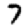
Digit: 7